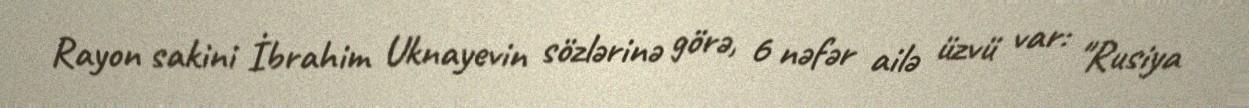
Rayon sakini İbrahim Uknayevin sözlərinə görə, 6 nəfər ailə üzvü var: "Rusiya